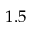
1 . 5